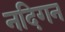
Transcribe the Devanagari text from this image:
नदिगन